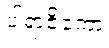
ပါရာဇိကော